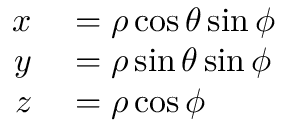
\begin{array} { r l } { x } & { { } = \rho \cos \theta \sin \phi } \\ { y } & { { } = \rho \sin \theta \sin \phi } \\ { z } & { { } = \rho \cos \phi } \end{array}